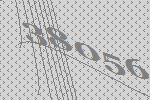
38056